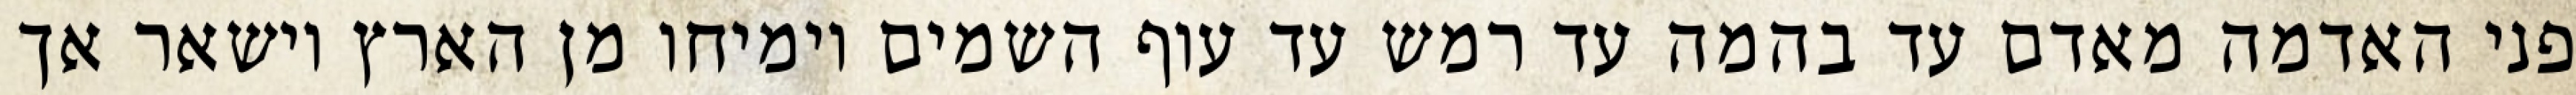
פני האדמה מאדם עד בהמה עד רמש עד עוף השמים וימיחו מן הארץ וישאר אך